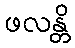
ဖလန္တိ